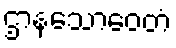
ဌာနသောဝေတံ